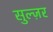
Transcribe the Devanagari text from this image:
सुल्ज़र